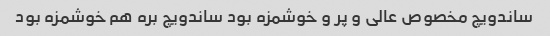
ساندویچ مخصوص عالی و پر و خوشمزه بود ساندویچ بره هم خوشمزه بود